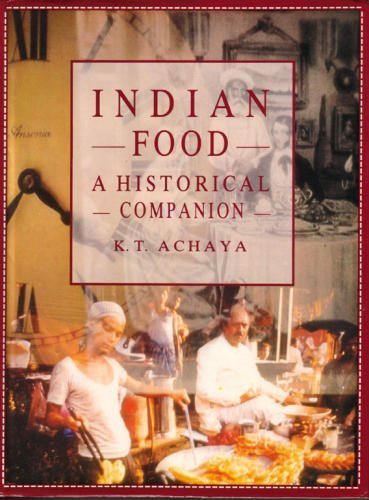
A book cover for Indian Food: A Historical Companion; K. T. Achaya; Cookbooks, Food & Wine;